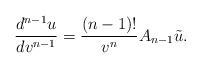
\begin{align*} \frac{d^{n-1}u}{dv^{n-1}}=\frac{(n-1)!}{v^{n}}A_{n-1}\tilde{u}.\end{align*}